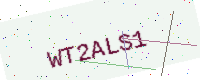
Text: WT2ALS1